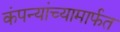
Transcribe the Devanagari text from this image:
कंपन्यांच्यामार्फत